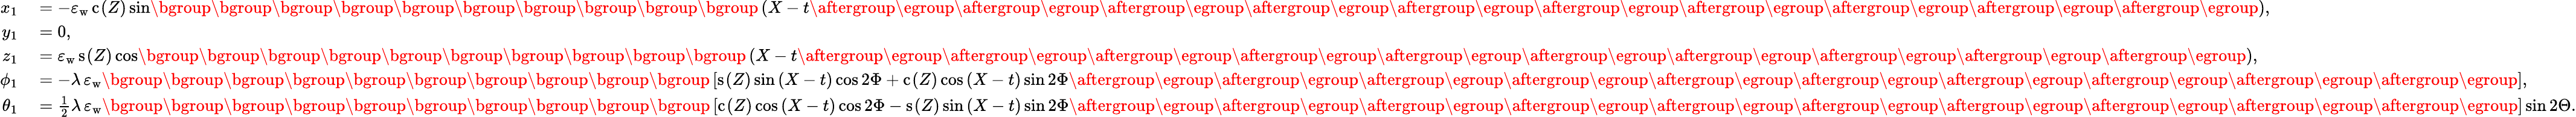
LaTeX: \begin{array}{rl}{x_{1}}&{{}=-\varepsilon_{\mathrm{w}}\, \mathrm{c}_{}(Z)\sin\mathopen{}\mathclose\bgroup\mathopen{}\mathclose\bgroup\mathopen{}\mathclose\bgroup\mathopen{}\mathclose\bgroup\mathopen{}\mathclose\bgroup\mathopen{}\mathclose\bgroup\mathopen{}\mathclose\bgroup\mathopen{}\mathclose\bgroup\mathopen{}\mathclose\bgroup\mathopen{}\mathclose\bgroup\left(X-t\aftergroup\egroup\aftergroup\egroup\aftergroup\egroup\aftergroup\egroup\aftergroup\egroup\aftergroup\egroup\aftergroup\egroup\aftergroup\egroup\aftergroup\egroup\aftergroup\egroup\right),}\\ {y_{1}}&{{}=0,}\\ {z_{1}}&{{}=\varepsilon_{\mathrm{w}}\, \mathrm{s}_{}(Z)\cos\mathopen{}\mathclose\bgroup\mathopen{}\mathclose\bgroup\mathopen{}\mathclose\bgroup\mathopen{}\mathclose\bgroup\mathopen{}\mathclose\bgroup\mathopen{}\mathclose\bgroup\mathopen{}\mathclose\bgroup\mathopen{}\mathclose\bgroup\mathopen{}\mathclose\bgroup\mathopen{}\mathclose\bgroup\left(X-t\aftergroup\egroup\aftergroup\egroup\aftergroup\egroup\aftergroup\egroup\aftergroup\egroup\aftergroup\egroup\aftergroup\egroup\aftergroup\egroup\aftergroup\egroup\aftergroup\egroup\right),}\\ {\phi_{1}}&{{}=-\lambda\, \varepsilon_{\mathrm{w}}\mathopen{}\mathclose\bgroup\mathopen{}\mathclose\bgroup\mathopen{}\mathclose\bgroup\mathopen{}\mathclose\bgroup\mathopen{}\mathclose\bgroup\mathopen{}\mathclose\bgroup\mathopen{}\mathclose\bgroup\mathopen{}\mathclose\bgroup\mathopen{}\mathclose\bgroup\mathopen{}\mathclose\bgroup\left[\mathrm{s}_{}(Z)\sin{(X-t)}\cos{2\Phi}+\mathrm{c}_{}(Z)\cos{(X-t)}\sin{2\Phi}\aftergroup\egroup\aftergroup\egroup\aftergroup\egroup\aftergroup\egroup\aftergroup\egroup\aftergroup\egroup\aftergroup\egroup\aftergroup\egroup\aftergroup\egroup\aftergroup\egroup\right],}\\ {\theta_{1}}&{{}=\frac 12\lambda\, \varepsilon_{\mathrm{w}}\mathopen{}\mathclose\bgroup\mathopen{}\mathclose\bgroup\mathopen{}\mathclose\bgroup\mathopen{}\mathclose\bgroup\mathopen{}\mathclose\bgroup\mathopen{}\mathclose\bgroup\mathopen{}\mathclose\bgroup\mathopen{}\mathclose\bgroup\mathopen{}\mathclose\bgroup\mathopen{}\mathclose\bgroup\left[\mathrm{c}_{}(Z)\cos{(X-t)}\cos{2\Phi}-\mathrm{s}_{}(Z)\sin{(X-t)}\sin{2\Phi}\aftergroup\egroup\aftergroup\egroup\aftergroup\egroup\aftergroup\egroup\aftergroup\egroup\aftergroup\egroup\aftergroup\egroup\aftergroup\egroup\aftergroup\egroup\aftergroup\egroup\right]\sin 2\Theta.}\end{array}